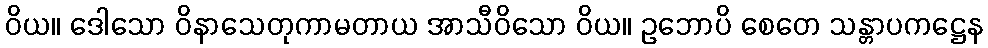
ဝိယ။ ဒေါသော ဝိနာသေတုကာမတာယ အာသီဝိသော ဝိယ။ ဥဘောပိ စေတေ သန္တာပကဋ္ဌေန